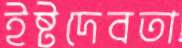
ইষ্টদেবতা